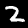
Digit: 2